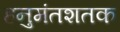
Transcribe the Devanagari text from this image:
हनुमंतशतक